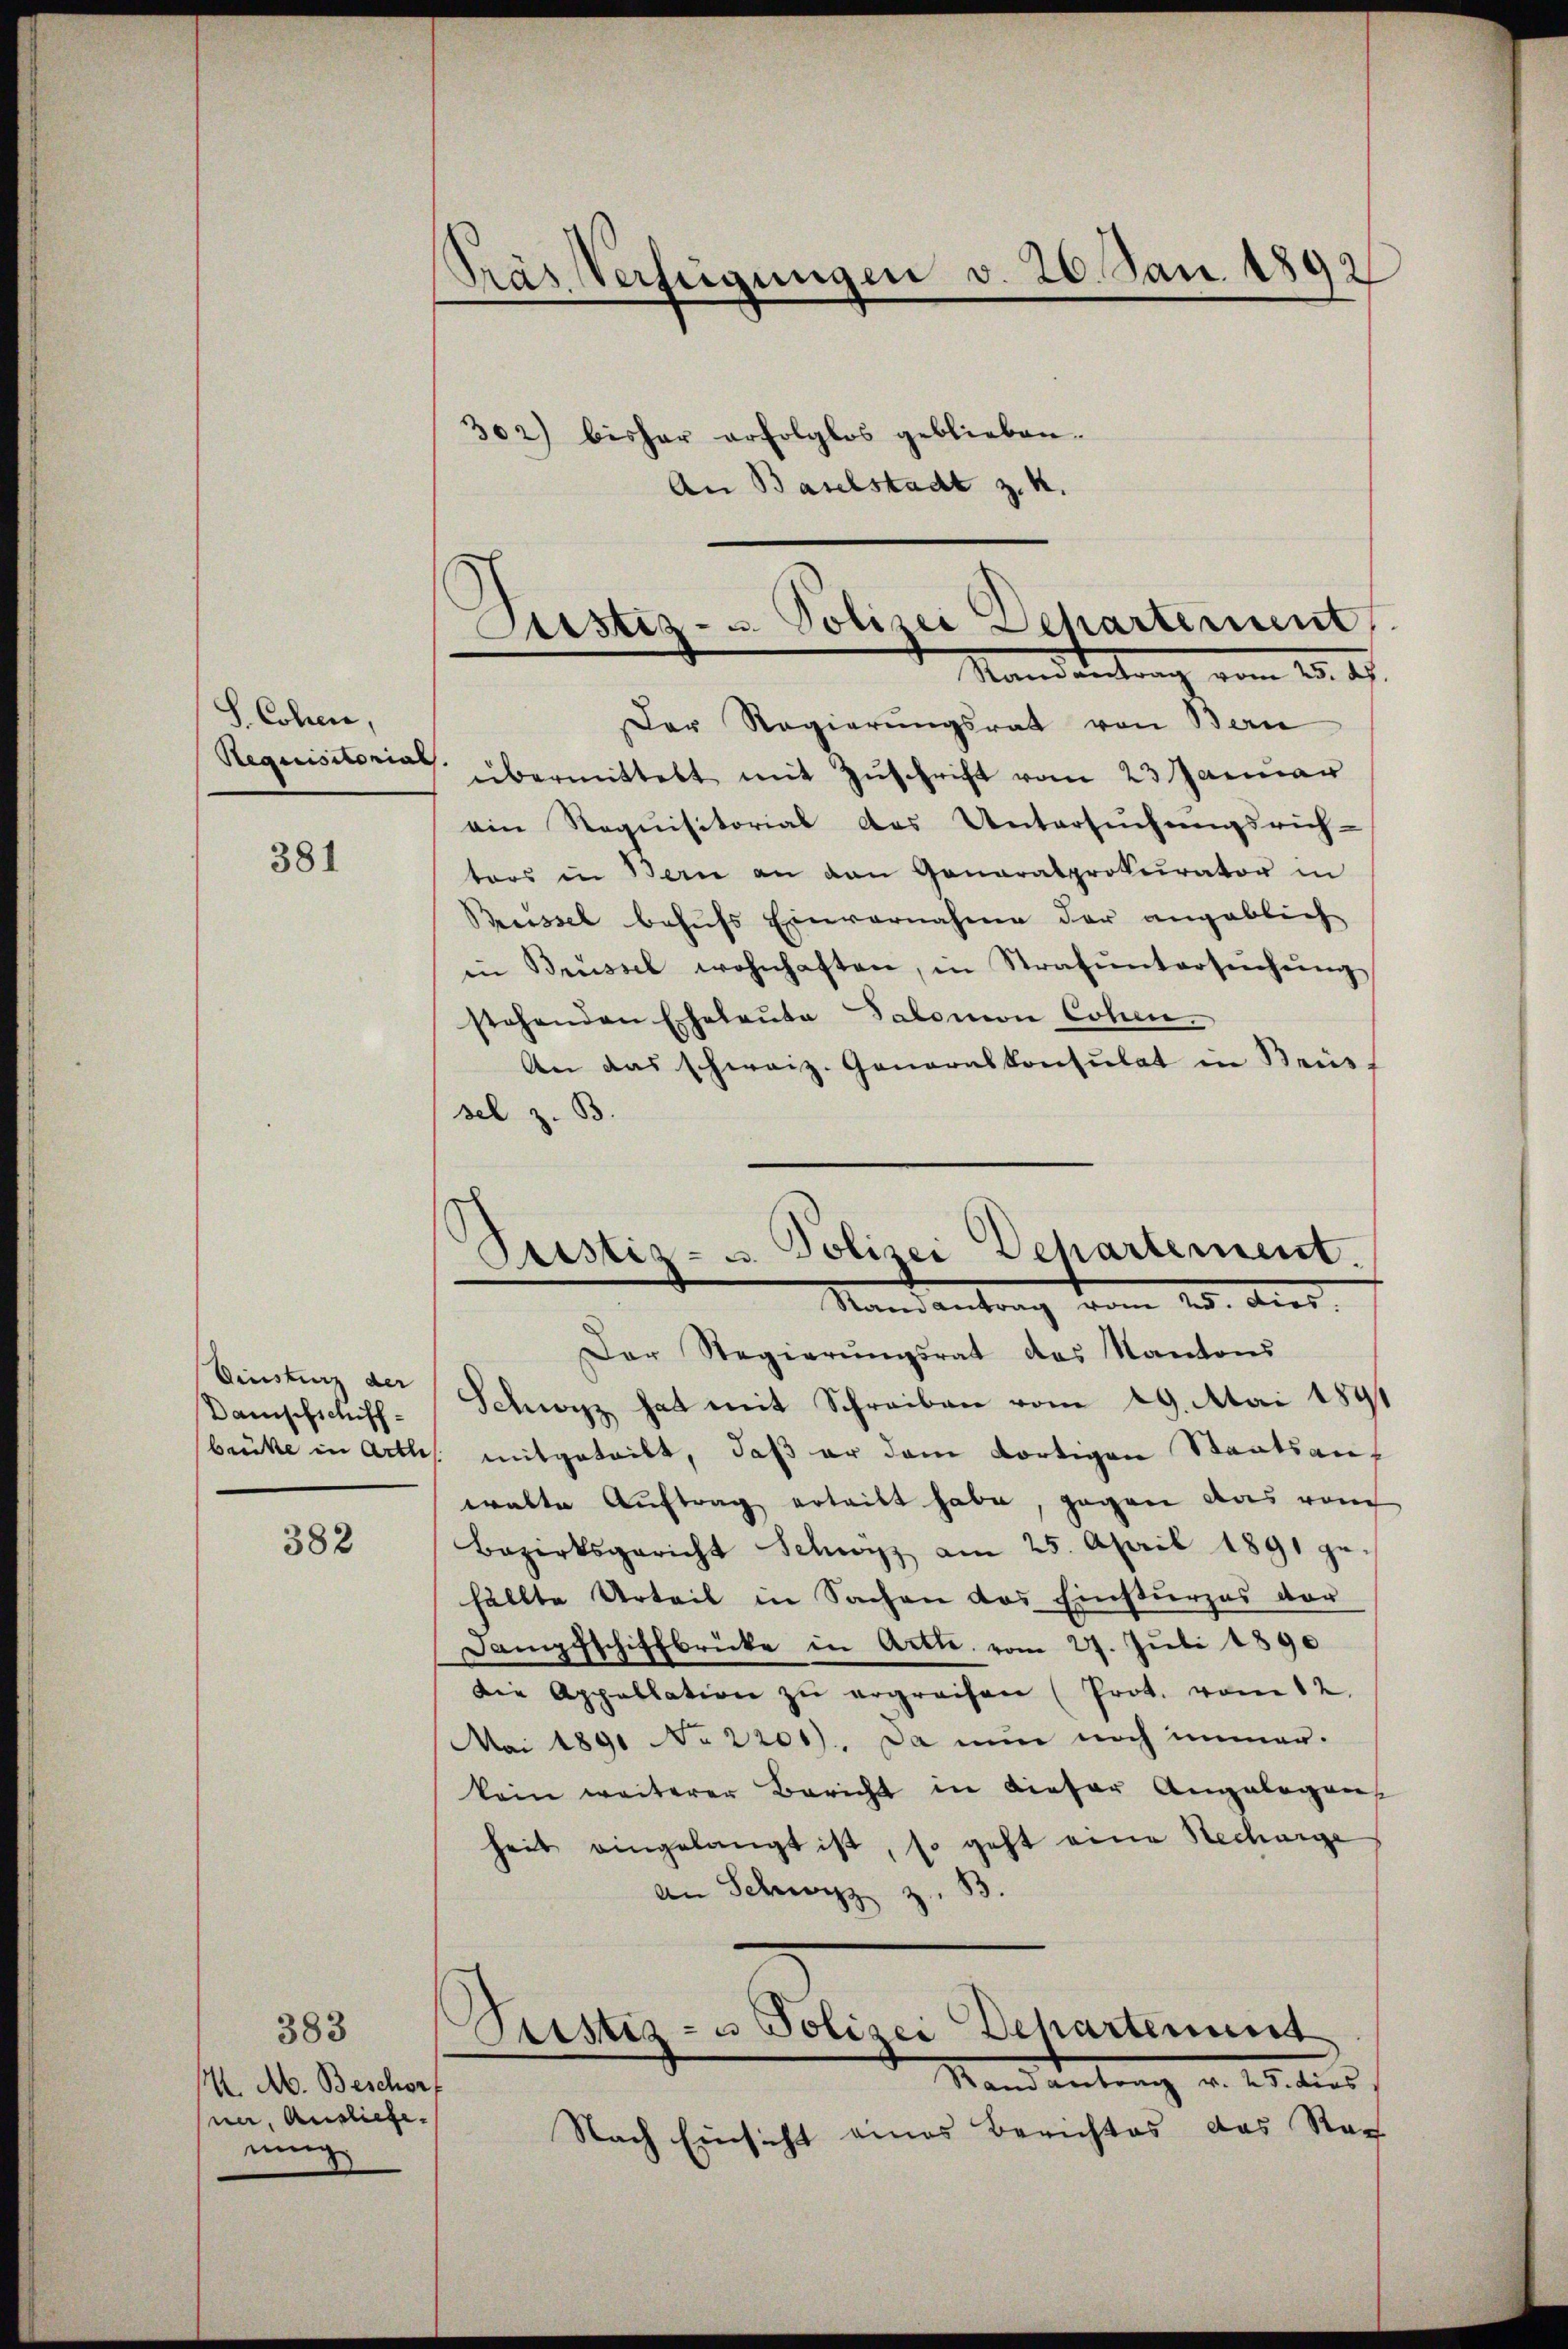
S. Cohen,
Requisitoria

381

Dinsturz der
Damischschiff¬

382

träs Verfügungen v. 20. Jan. 1892

302) bisher erfolglos geblieben.
An Baselstadt z. K.

383
M. A. Beschorf
ner, Ausliefe.
nung

Arstiz- u. Polizei Departement
Mandantrag vom 25. ds.
Der Regierungsrat von Bern

¬
übermittelt mit Zuschrift vom 23 Januar
ain Requisitorial des Untersŭchŭngsrich-
ters in Bern an den Generalprokurator in
Preissel behufs Einvernahme der angeblich
in Brüssel wohnhaften, in Strafŭntersŭchŭng
stehenden Eheleute Salomon Cohen.
An das schweiz. Generalkonsulat in Bris
sel z. B.
Der Regierŭngsrat des Kantons
Schwyz hat mit Schreiben vom 29. Mai 1891
brücke in Arths mitgeteilt, daß er dem dortigen Staatsauf
walte Auftrag ertritt habe, gegen das vom
Bezirksgericht Schwyz am 25. April 1891 ge-
fällte Urteil in Sachen das Einsturzes vor
Dampfschiffbrücke in Arth. vom 27. Juli 1890
Die Appellation zŭ ergreifen (Prot. vom 12.
Mai 1891 No 2200). Da nun noch immer.
kein weiterer Bericht in dieser Angelegen
heit eingelangt ist, so geht eine Rechunge
An Schwyz z.
Sistiz- u Polizei Behartement
Stand antrag v. Ms. dies
Nach Einsicht eines Berichtes das Rech

Pustiz- u. Polizei Departement.
Mandantrag vom 25. Aug.